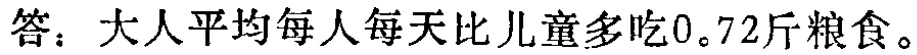
答：大人平均每人每天比儿童多吃0。72斤粮食。